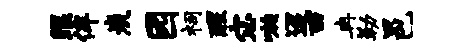
眼侔炭园祠醒宓嗾迢西冉勒邑